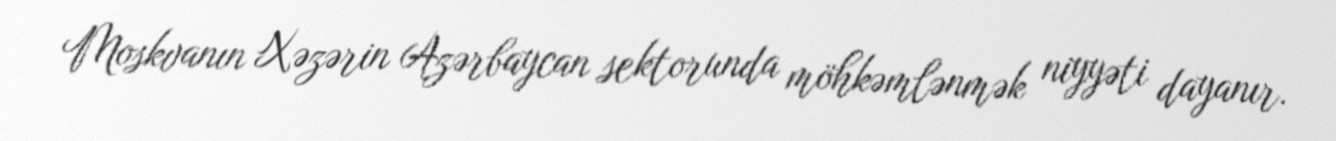
Moskvanın Xəzərin Azərbaycan sektorunda möhkəmlənmək niyyəti dayanır.